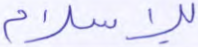
للإسلام